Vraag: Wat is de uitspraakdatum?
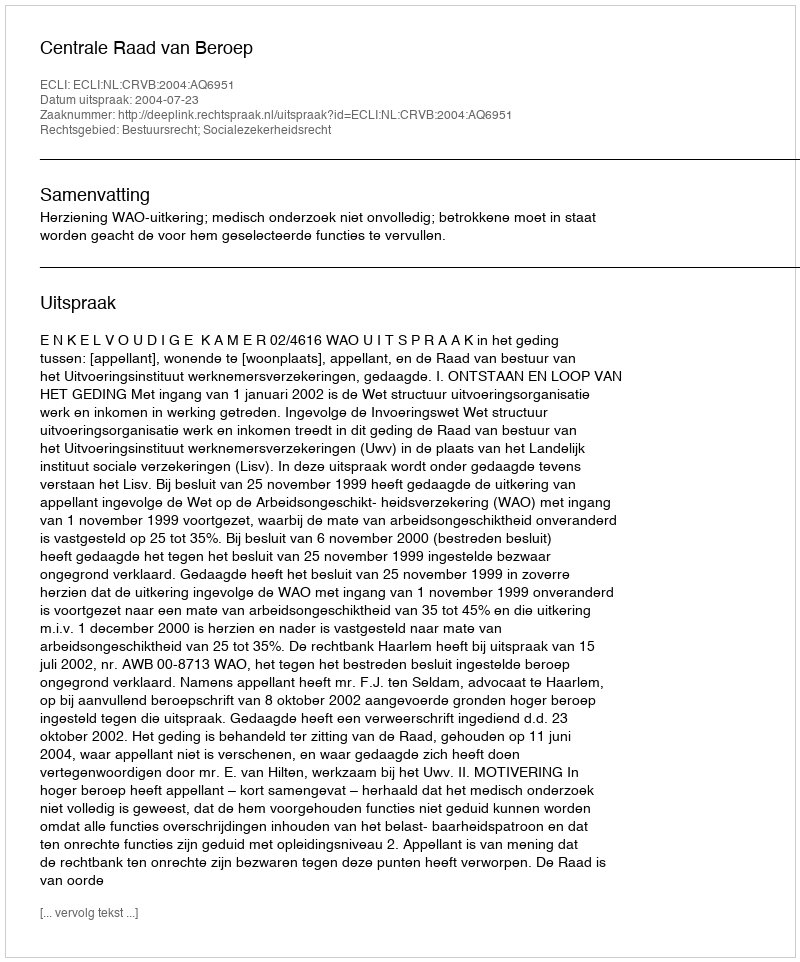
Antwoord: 2004-07-23